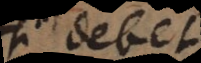
ri debet